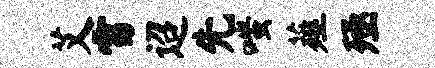
艾雷迢先嗤薤殛